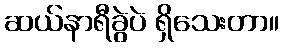
ဆယ်နာရီခွဲပဲ ရှိသေးတာ။